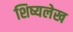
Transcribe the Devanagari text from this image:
शिष्यलेख